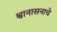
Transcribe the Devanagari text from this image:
श्वानासनाचे